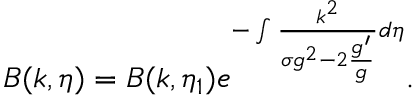
B ( k , \eta ) = B ( k , \eta _ { 1 } ) e ^ { - \int \frac { k ^ { 2 } } { \sigma g ^ { 2 } - 2 \frac { g ^ { \prime } } { g } } d \eta } .